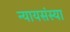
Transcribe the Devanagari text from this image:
न्यायसंस्या